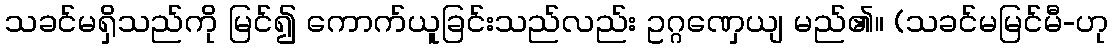
သခင်မရှိသည်ကို မြင်၍ ကောက်ယူခြင်းသည်လည်း ဥဂ္ဂဏှေယျ မည်၏။ (သခင်မမြင်မီ-ဟု